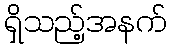
ရှိသည့်အနက်